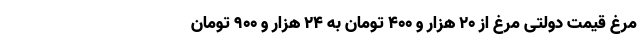
مرغ قیمت دولتی مرغ از 20 هزار و 400 تومان به 24 هزار و 900 تومان